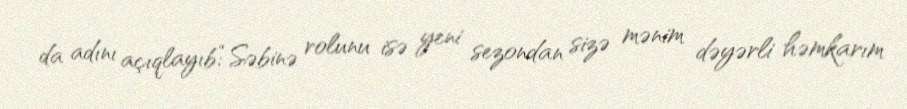
da adını açıqlayıb:“Səbinə rolunu isə yeni sezondan sizə mənim dəyərli həmkarım